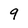
Character: 9